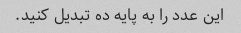
این عدد را به پایه ده تبدیل کنید.